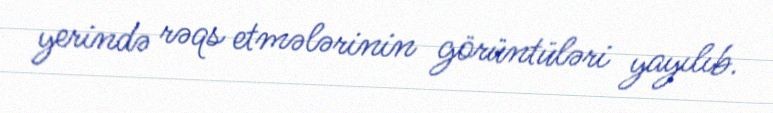
yerində rəqs etmələrinin görüntüləri yayılıb.